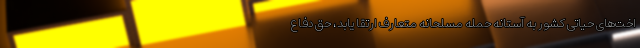
اخت‌های حیاتی کشور به آستانه حمله مسلحانه متعارف ارتقا یابد، حق دفاع